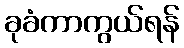
ခုခံကာကွယ်ရန်